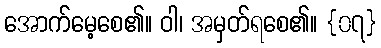
အောက်မေ့စေ၏။ ဝါ၊ အမှတ်ရစေ၏။ {၀၇}